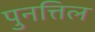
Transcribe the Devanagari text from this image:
पुनत्तिल